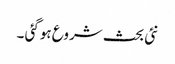
نئی بحث شروع ہوگئی ۔